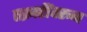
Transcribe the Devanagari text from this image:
तक्रारींवरून